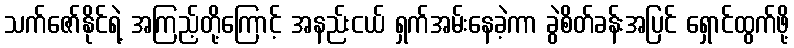
သက်ဇော်နိုင်ရဲ့ အကြည့်တို့ကြောင့် အနည်းငယ် ရှက်အမ်းနေခဲ့ကာ ခွဲစိတ်ခန်းအပြင် ရှောင်ထွက်ဖို့